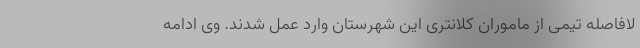
لافاصله تیمی از ماموران کلانتری این شهرستان وارد عمل شدند. وی ادامه